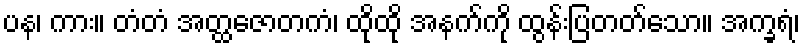
ပန၊ ကား။ တံတံ အတ္ထဇောတကံ၊ ထိုထို အနက်ကို ထွန်းပြတတ်သော။ အက္ခရံ၊